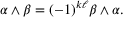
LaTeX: \alpha \wedge \beta = ( - 1 ) ^ { k \ell } \beta \wedge \alpha .